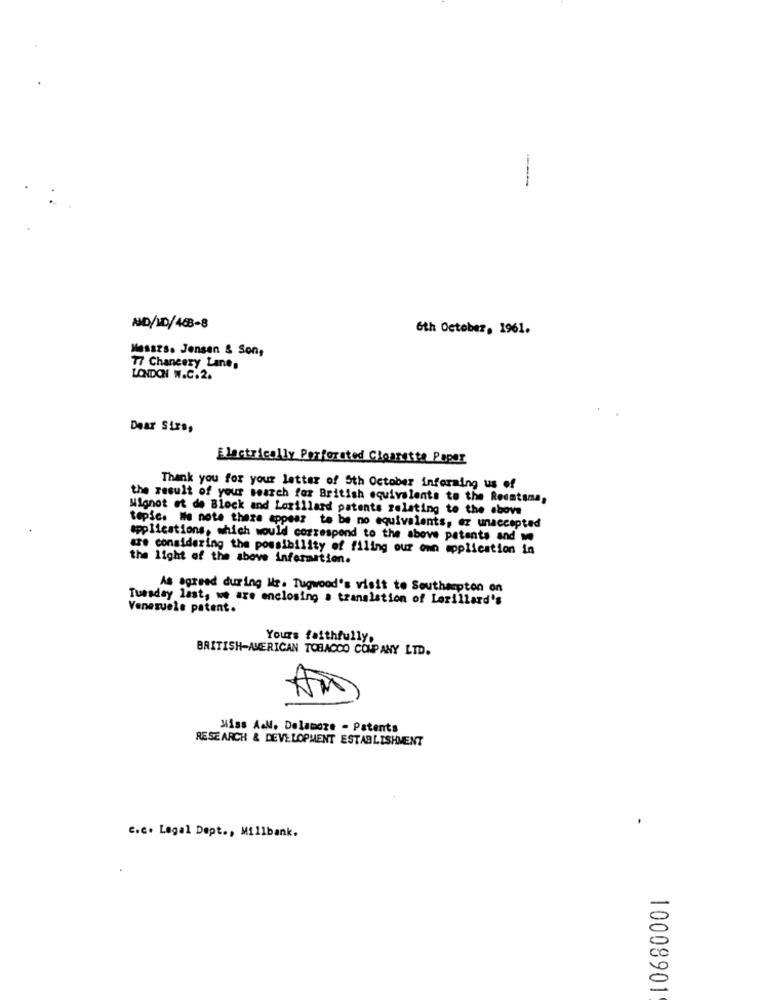
NO/10/463-8
6th October, 1961.
Messzs. Jensen & Son,
77 Chancery Lane,
LONDON W.C.2.
Dear Sirs,
Electrically Perforated Cloaretta Paper
Thank you for your letter of Sth October informing us of
the result of your search for British equivalents to the Reemtsma,
Mignot et de Block and Lorillard patents relating to the above
topic. We note theze appear to be no equivalents, ez unaccepted
applications, which would correspond to the above patents and we
are considering the possibility of filing our own application in
the light of the above information.
As agreed during We. Tugwood's visit to Southampton on
Tuesday last, we are enclosing > translation of Lorillard's
Venezuele patent.
Yours faithfully,
BRITISH-AMERICAN TOBACCO COMPANY LTD.
AM
Miss A&M. Delamoze - Patents
RESEARCH & DEVELOPMENT ESTABLISHMENT
C.c. Lagal Dept ., Millbank.
10008901